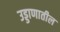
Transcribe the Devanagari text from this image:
उड्डाणातील